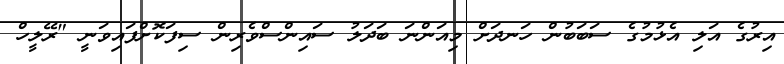
އިރުގެ އަލި އެޅުމުގެ ސަބަބުން ހަނދަށް މިއަންނަ ބަދަލު ސައިންސްވެރިން ސިފަކޮށްފައިވަނީ "ރޭލީހް